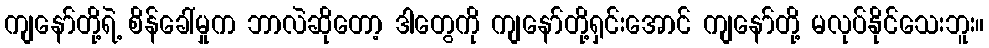
ကျနော်တို့ရဲ့ စိန်ခေါ်မှုက ဘာလဲဆိုတော့ ဒါတွေကို ကျနော်တို့ရှင်းအောင် ကျနော်တို့ မလုပ်နိုင်သေးဘူး။